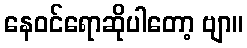
နေဝင်ရောဆိုပါတော့ ဗျာ။